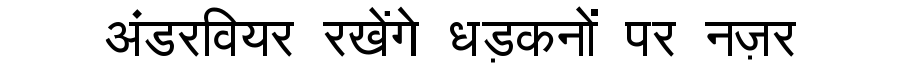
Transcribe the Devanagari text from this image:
अंडरवियर रखेंगे धड़कनों पर नज़र